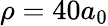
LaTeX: \rho=40a_{0}